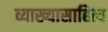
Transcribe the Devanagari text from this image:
व्याख्यासाहित्य